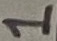
Text: 1